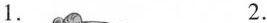
1. 2.